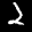
Label: 2